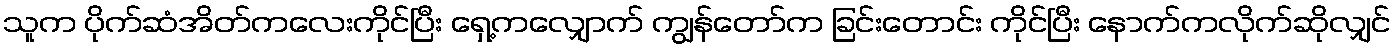
သူက ပိုက်ဆံအိတ်ကလေးကိုင်ပြီး ရှေ့ကလျှောက် ကျွန်တော်က ခြင်းတောင်း ကိုင်ပြီး နောက်ကလိုက်ဆိုလျှင်